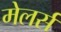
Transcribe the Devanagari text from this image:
मेलर्स